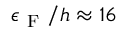
\epsilon _ { \mathrm { ~ F ~ } } / h \approx 1 6